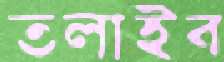
তলাইব